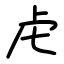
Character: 虍